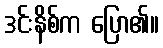
ဒင်းနိစ်က ပြော၏။